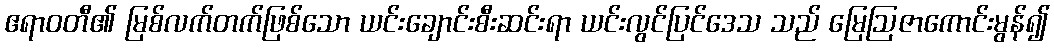
ဧရာဝတီ၏ မြစ်လက်တက်ဖြစ်သော ယင်းချောင်းစီးဆင်းရာ ယင်းလွင်ပြင်ဒေသ သည် မြေဩဇာကောင်းမွန်၍